Civil Veterinary Dept. North-West Frontier Province 1933-46 - 1933-1946
Year: 1933
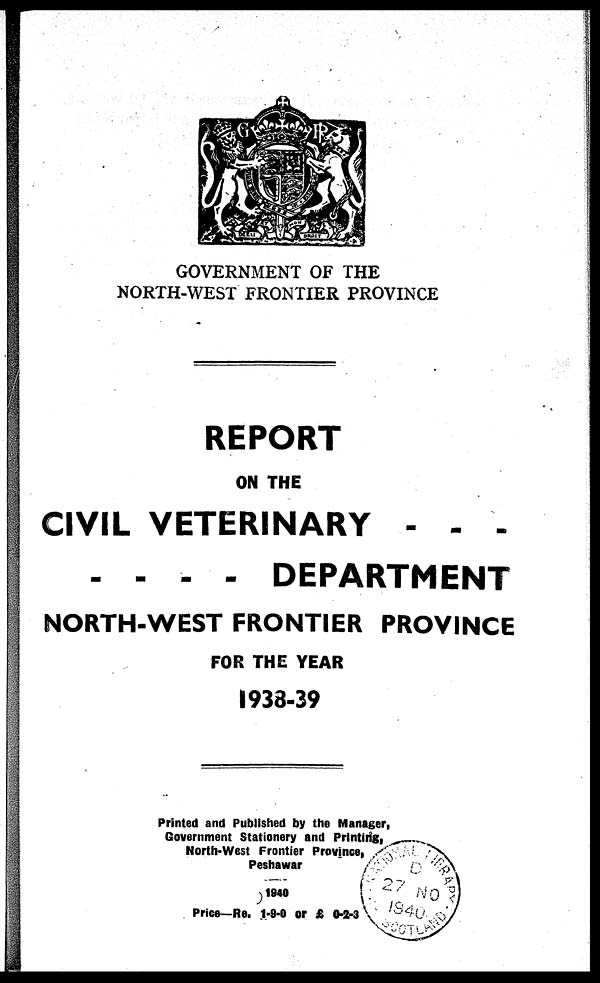
GOVERNMENT OF THE
NORTH-WEST FRONTIER PROVINCE
REPORT
ON THE
CIVIL VETERINARY - - -
- - - - DEPARTMENT
NORTH-WEST FRONTIER PROVINCE
FOR THE YEAR
1938-39
Printed and Published by the Manager,
Government Stationery and Printing,
North-West Frontier Province,
Peshawar
1940
Price—Re. 1-9-0 or £ 0-2-3